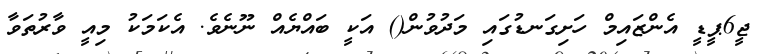
ޖީ6ޕީޑީ އެންޒައިމް ހަށިގަނޑުގައި މަދުވުން() އަކީ ބައްޔެއް ނޫނެވެ. އެކަމަކު މިއީ ވާރުތަވާ